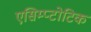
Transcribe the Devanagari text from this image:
एसिम्प्टोटिक